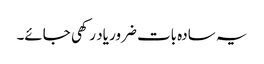
یہ سادہ بات ضرور یاد رکھی جائے۔